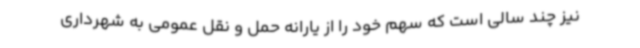
نیز چند سالی است که سهم خود را از یارانه حمل و نقل عمومی به شهرداری